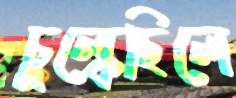
চুল্‌কেছিলে